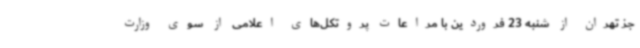
جز تهران از شنبه 23 فروردین با مراعات پروتکل‌های اعلامی از سوی وزارت